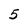
Character: 5